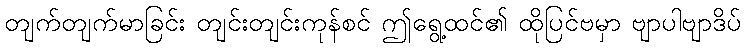
တျက်တျက်မာခြင်း တျင်းတျင်းကုန်စင် ဤရွေ့ထင်၏ ထိုပြင်ဗမှာ ဗျာပါဗျာဒိပ်